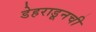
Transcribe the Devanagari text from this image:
डेहराडूनची